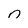
Character: n